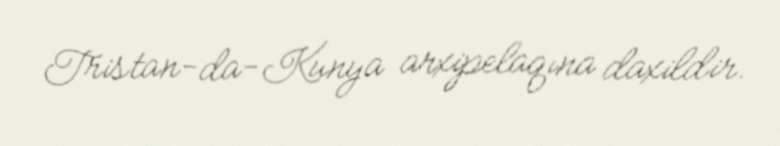
Tristan-da-Kunya arxipelaqına daxildir.